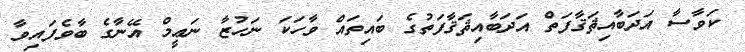
ކަވާސާ އަދަބާއިޘަޤާފަތް އަދަބާއިޘަޤާފަތުގެ ބައިތައް ވާހަކަ ނަހުޒާ ނަޢީމް އޭނާގެ ބާވެފައިވާ